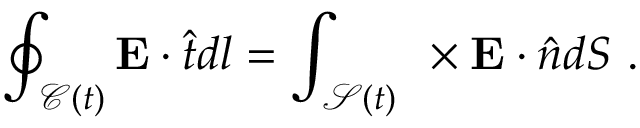
\oint _ { \mathcal { C } ( t ) } \mathbf { E } \cdot \hat { \boldsymbol { t } } d l = \int _ { \mathcal { S } ( t ) } \mathbf { \nabla } \times \mathbf { E } \cdot \hat { \boldsymbol { n } } d S ~ .